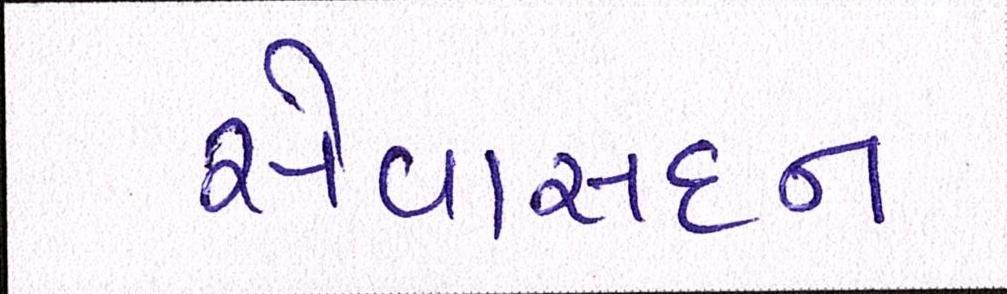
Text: સેવાસદન